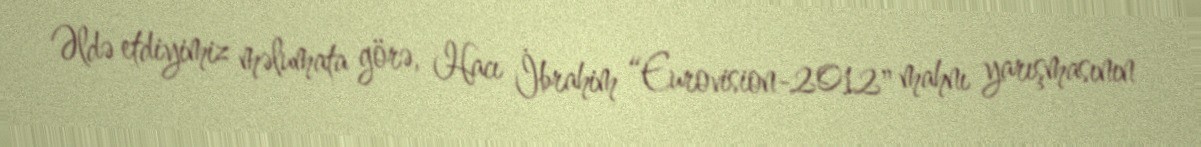
Əldə etdiyimiz məlumata görə, Hacı İbrahim “Eurovision-2012" mahnı yarışmasının